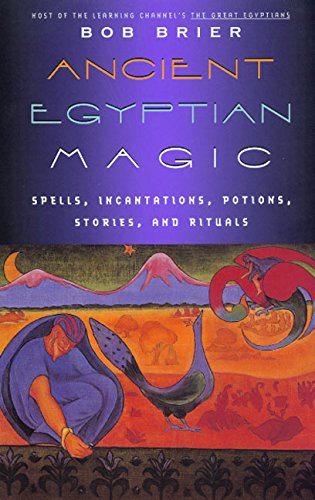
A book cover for Ancient Egyptian Magic; Bob Brier; History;